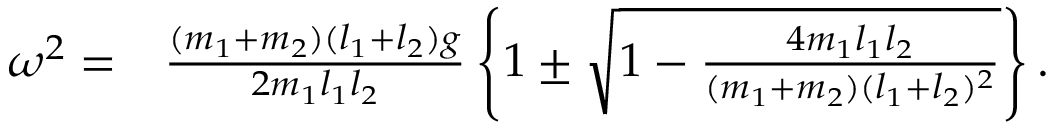
\begin{array} { r l } { \omega ^ { 2 } = } & { { } \frac { ( m _ { 1 } + m _ { 2 } ) ( l _ { 1 } + l _ { 2 } ) g } { 2 m _ { 1 } l _ { 1 } l _ { 2 } } \left\{ 1 \pm \sqrt { 1 - \frac { 4 m _ { 1 } l _ { 1 } l _ { 2 } } { ( m _ { 1 } + m _ { 2 } ) ( l _ { 1 } + l _ { 2 } ) ^ { 2 } } } \right\} . } \end{array}